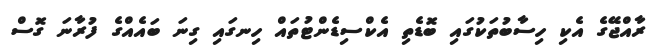
ރާއްޖޭގެ އެކި ހިސާބުތަކުގައި ބޮޑެތި އެކްސިޑެންޓުތައް ހިނގައި ގިނަ ބައެއްގެ ފުރާނަ ގޮސް